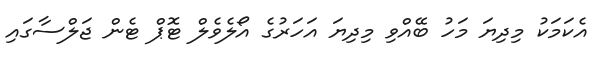
އެކަމަކު މިދިޔަ މަހު ބޭއްވި މިދިޔަ އަހަރުގެ އޯލެވެލް ޓޮޕް ޓެން ޖަލްސާގައި